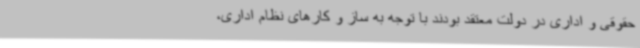
حقوقی و اداری در دولت معتقد بودند با توجه به ساز و کارهای نظام اداری،